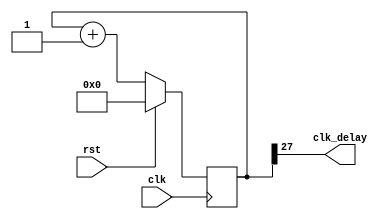
`timescale 1ns / 1ps


module clk_delay(
    input clk,
    input rst,
    output clk_delay
    );
    
reg [31:0] counter;
    always@(posedge clk)
    begin
    if(rst==1)
       counter<=0;
    else 
        counter<=counter+1;
    end
    
 assign clk_delay = counter[27];
 
endmodule